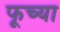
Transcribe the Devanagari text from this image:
फूच्या